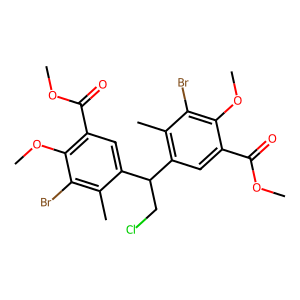
SMILES: COC(=O)c1cc(C(CCl)c2cc(C(=O)OC)c(OC)c(Br)c2C)c(C)c(Br)c1OC
Inhibits HIV replication: No